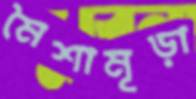
মৈশামূড়া